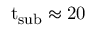
\mathrm { { t } _ { s u b } \approx 2 0 }